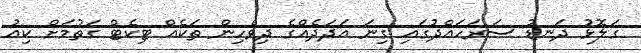
ގަލޮޅު ދަނޑު ސަރަހައްދުގައި ގިނަ އަދަދެއްގެ ދިވެހިން ތަކެއް ޓިކެޓް ގަތުމަށް ކިއު